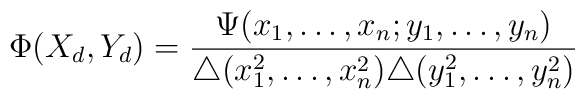
\Phi(X_d,Y_d)=\frac{\Psi(x_1,\ldots ,x_n;y_1,\ldots,y_n)}{\triangle(x_1^2,\ldots ,x_n^2)\triangle(y_1^2,\ldots,y_n^2)}